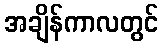
အချိန်ကာလတွင်